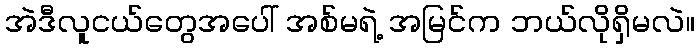
အဲဒီလူငယ်တွေအပေါ် အစ်မရဲ့ အမြင်က ဘယ်လိုရှိမလဲ။